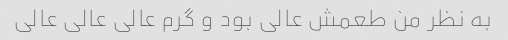
به نظر من طعمش عالی بود و گرم عالی عالی عالی